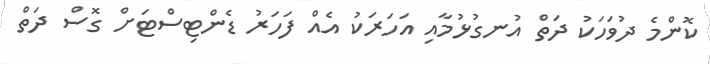
ކޮންމެ ދުވަހަކު ދަތް އުނގުޅުމާއި އަހަރަކު އެއް ފަހަރު ޑެންޓިސްޓަށް ގޮސް ދަތް